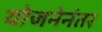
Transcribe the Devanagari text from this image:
योजनेनंतर